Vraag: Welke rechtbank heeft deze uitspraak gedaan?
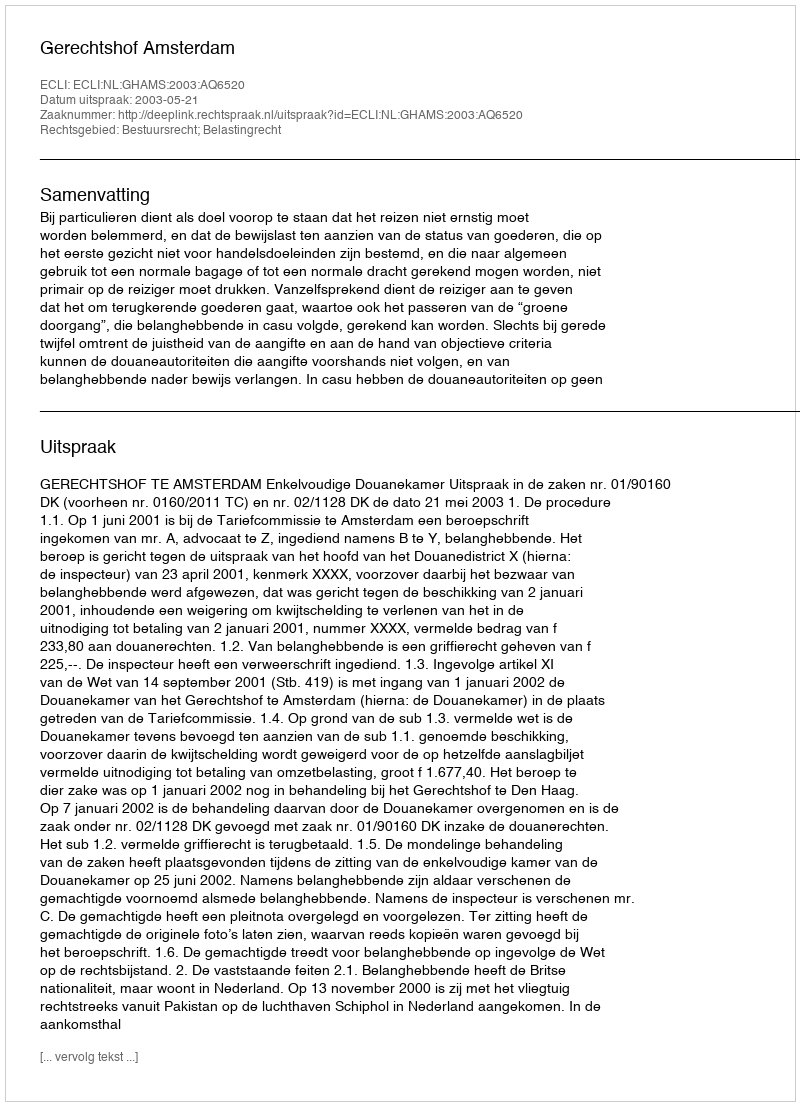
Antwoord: Gerechtshof Amsterdam